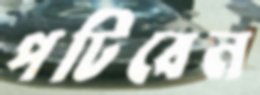
পটিবেন